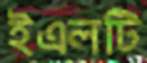
ইএলটি